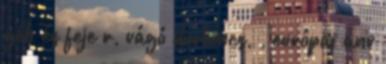
géb és feje r, vágó durbincs, , európai anv